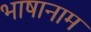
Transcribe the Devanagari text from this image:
भाषानाम